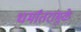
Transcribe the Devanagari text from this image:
धर्मांतरांमुळे